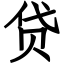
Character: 贷